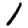
Digit: 1